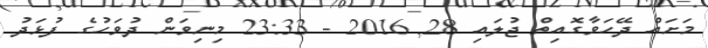
މަށައް ދޭހަވާގޮއިތް ޖުލައި 28